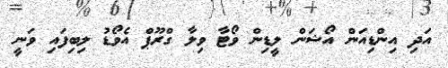
އަދި އިންޑިއަން އޯޝަން ލީޑިން ވޯޓާ ވިލާ ގްރޫޕް އެވޯޑު ލިބިފައި ވަނީ